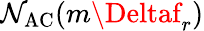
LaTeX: \mathcal{N}_{\mathrm{{AC}}}(m\Deltaf_{r})